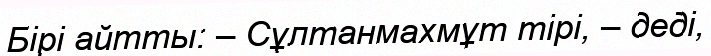
Бірі айтты: – Сұлтанмахмұт тірі, – деді,